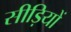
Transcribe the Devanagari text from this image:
सीड़ियों